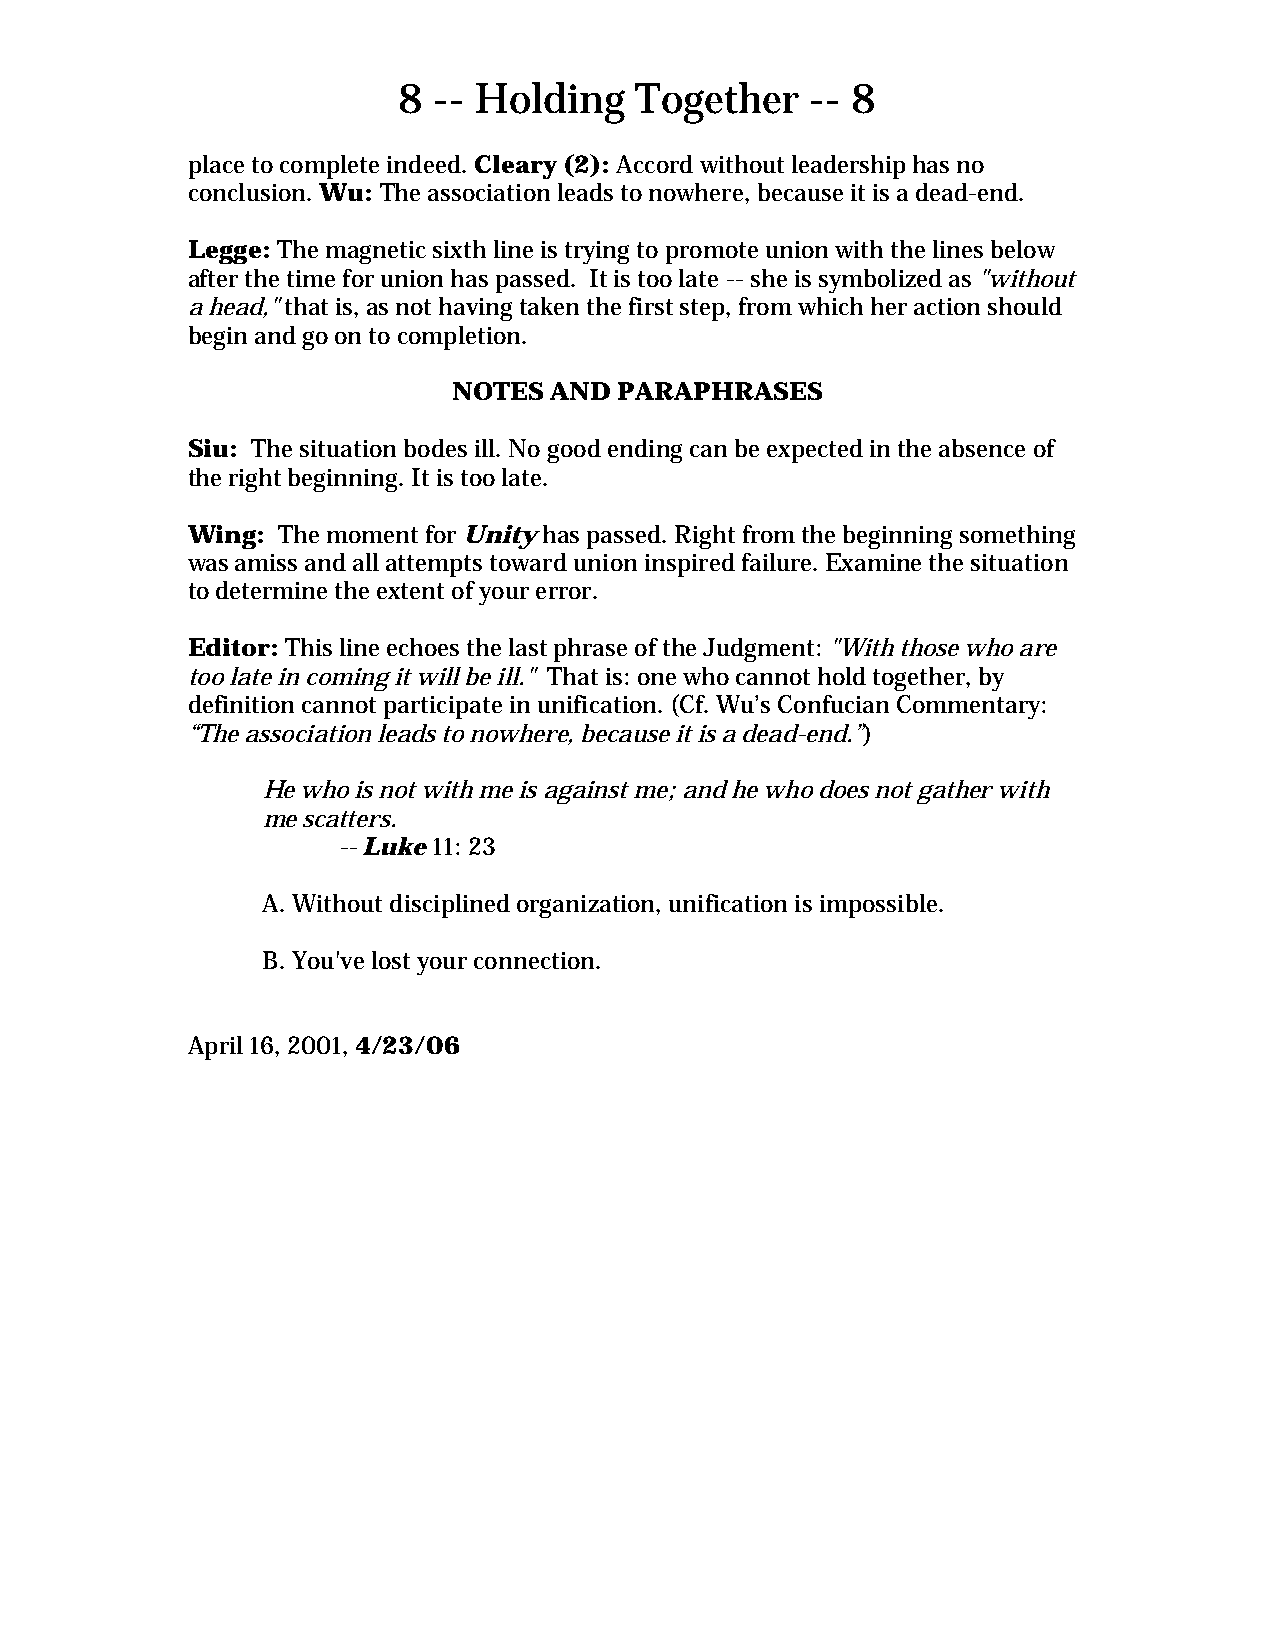
8  -- Holding   Together    -- 8
 place to complete indeed. Cleary (2): Accord without leadership has no
 conclusion. Wu: The association leads to nowhere, because it is a dead-end.
 Legge: The magnetic sixth line is trying to promote union with the lines below
 after the time for union has passed. It is too late -- she is symbolized as "without
 a head," that is, as not having taken the first step, from which her action should
 begin and go on to completion.
 NOTES AND  PARAPHRASES
 Siu: The situation bodes ill. No good ending can be expected in the absence of
 the right beginning. It is too late.
 Wing: The moment for Unity has passed. Right from the beginning something
 was amiss and all attempts toward union inspired failure. Examine the situation
 to determine the extent of your error.
 Editor: This line echoes the last phrase of the Judgment: "With those who are
 too late in coming it will be ill." That is: one who cannot hold together, by
 definition cannot participate in unification. (Cf. Wu’s Confucian Commentary:
 “The association leads to nowhere, because it is a dead-end.”)
 He who is not with me is against me; and he who does not gather with
 me scatters.
 -- Luke 11: 23
 A. Without disciplined organization, unification is impossible.
 B. You've lost your connection.
 April 16, 2001, 4/23/06